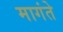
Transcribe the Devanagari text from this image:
मागंते